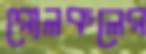
রোলকলের